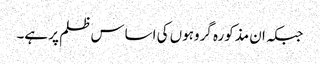
جبکہ ان مذکورہ گروہوں کی اساس ظلم پر ہے۔